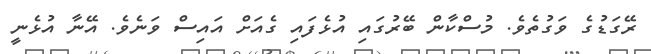
ރޭގަޑުގެ ވަގުތެވެ. މުސްކާން ބޭރުގައި އުޅެފައި ގެއަށް އައިސް ވަނެވެ. އޭނާ އުޅެނީ